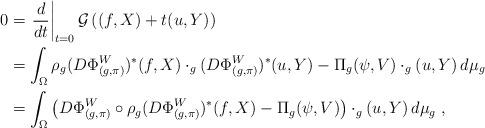
LaTeX: \begin{align*}0 &= \left.\frac{d}{dt}\right|_{t=0} \mathcal{G}\left((f,X)+t(u, Y)\right)\\&=\int_{\Omega} \rho_g (D\Phi^W_{(g,\pi)})^*(f, X) \cdot_g (D\Phi^W_{(g,\pi)})^*(u, Y) -\Pi_g (\psi, V)\cdot_g (u, Y) \, d\mu_g\\&=\int_{\Omega} \left( D\Phi^W_{(g,\pi)} \circ \rho_g (D\Phi^W_{(g,\pi)})^*(f, X) - \Pi_g(\psi, V) \right)\cdot_g (u, Y) \, d\mu_g\; ,\end{align*}